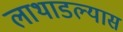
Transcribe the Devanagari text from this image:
लाथाडल्यास